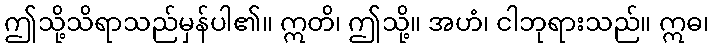
ဤသို့သိရာသည်မှန်ပါ၏။ ဣတိ၊ ဤသို့။ အဟံ၊ ငါဘုရားသည်။ ဣဓ၊